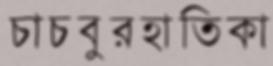
চাচবুরহাতিকা